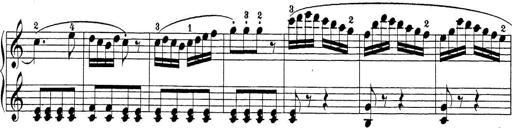
Title: Sonatina Album
Composer: Louis KÃ¶hler